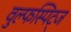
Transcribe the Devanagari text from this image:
वुल्फस्पिट्ज